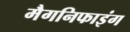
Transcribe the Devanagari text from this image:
मैगनिफाइंग